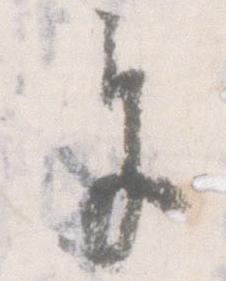
奉